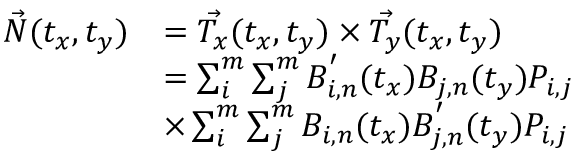
\begin{array} { r l } { \vec { N } ( t _ { x } , t _ { y } ) } & { = \vec { T _ { x } } ( t _ { x } , t _ { y } ) \times \vec { T _ { y } } ( t _ { x } , t _ { y } ) } \\ & { = \sum _ { i } ^ { m } { \sum _ { j } ^ { m } { B _ { i , n } ^ { ' } ( t _ { x } ) B _ { j , n } ( t _ { y } ) P _ { i , j } } } } \\ & { \times \sum _ { i } ^ { m } { \sum _ { j } ^ { m } { B _ { i , n } ( t _ { x } ) B _ { j , n } ^ { ' } ( t _ { y } ) P _ { i , j } } } } \end{array}